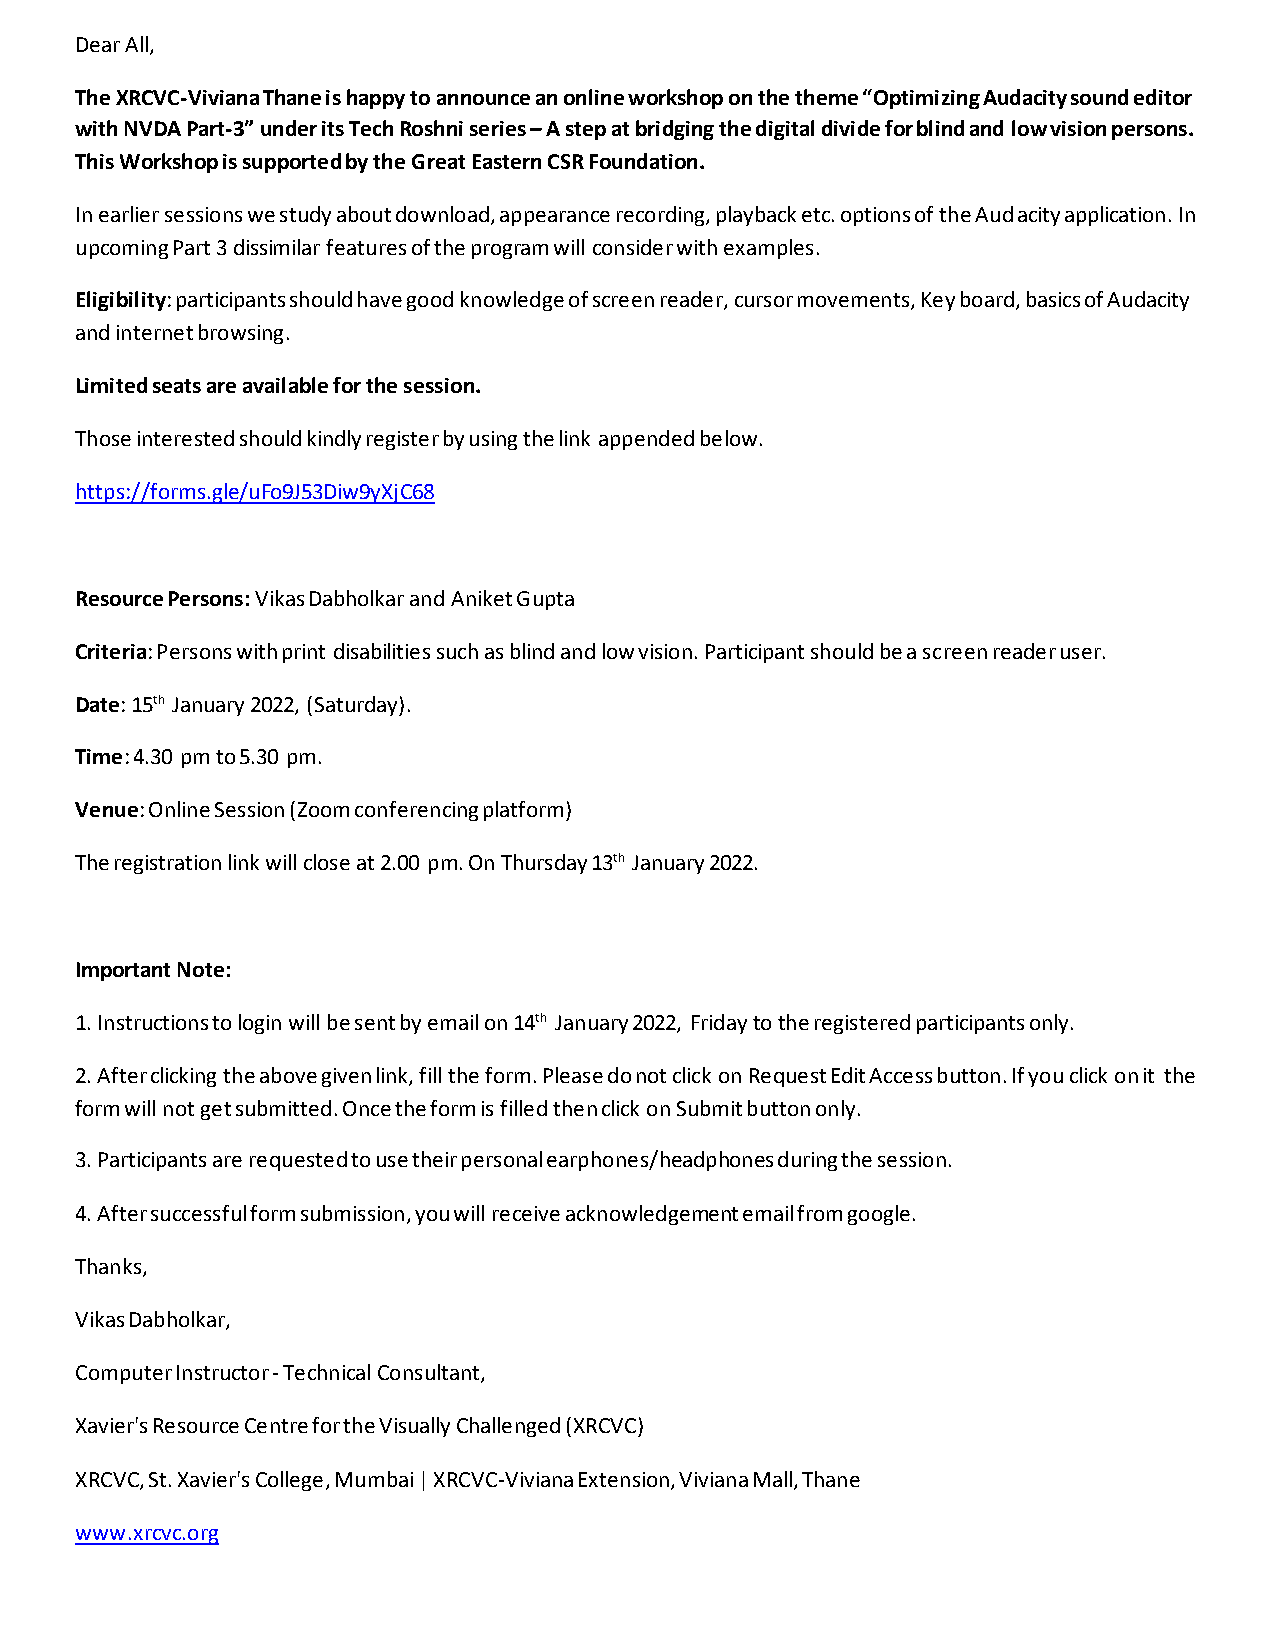
Dear All,
 The XRCVC-Viviana Thane is happy to announce an online workshop on the theme “Optimizing Audacity sound editor
 with NVDA Part-3” under its Tech Roshni series – A step at bridging the digital divide for blind and low vision persons.
 This Workshop is supported by the Great Eastern CSR Foundation.
 In earlier sessions we study about download, appearance recording, playback etc. options of the Audacity application. In
 upcoming Part 3 dissimilar features of the program will consider with examples.
 Eligibility: participants should have good knowledge of screen reader, cursor movements, Key board, basics of Audacity
 and internet browsing.
 Limited seats are available for the session.
 Those interested should kindly register by using the link appended below.
 https://forms.gle/uFo9J53Diw9yXjC68
 Resource Persons: Vikas Dabholkar and Aniket Gupta
 Criteria: Persons with print disabilities such as blind and low vision. Participant should be a screen reader user.
 Date: 15th January 2022, (Saturday).
 Time: 4.30 pm to 5.30 pm.
 Venue: Online Session (Zoom conferencing platform)
 The registration link will close at 2.00 pm. On Thursday 13th January 2022.
 Important Note:
 1. Instructions to login will be sent by email on 14th January 2022, Friday to the registered participants only.
 2. After clicking the above given link, fill the form. Please do not click on Request Edit Access button. If you click on it the
 form will not get submitted. Once the form is filled then click on Submit button only.
 3. Participants are requested to use their personal earphones/headphones during the session.
 4. After successful form submission, you will receive acknowledgement email from google.
 Thanks,
 Vikas Dabholkar,
 Computer Instructor - Technical Consultant,
 Xavier's Resource Centre for the Visually Challenged (XRCVC)
 XRCVC, St. Xavier's College, Mumbai | XRCVC-Viviana Extension, Viviana Mall, Thane
 www.xrcvc.org